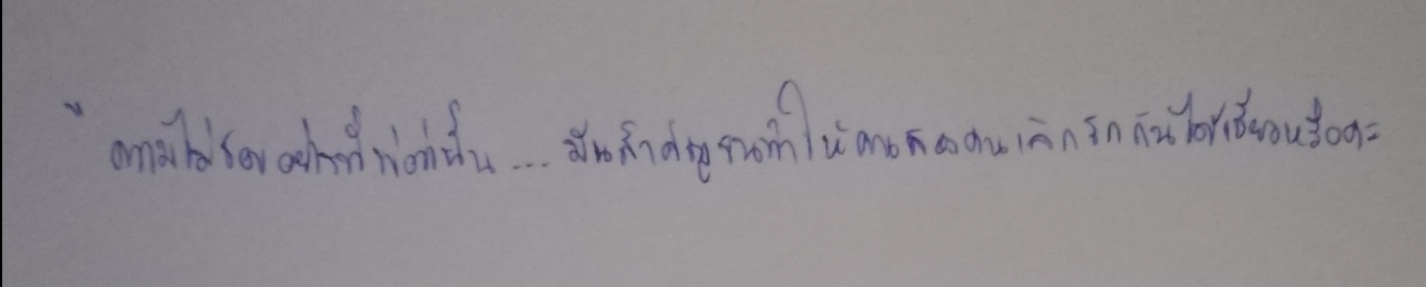
"ความไม่ชอบอย่างที่พ่อว่านั้น...มันสำคัญจนทำให้คนสองคนเลิกรักกันได้เชียวหรือคะ